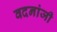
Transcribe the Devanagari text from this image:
वदनांजी